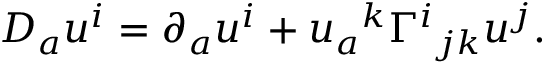
D _ { a } u ^ { i } = \partial _ { a } u ^ { i } + u _ { a } { } ^ { k } \Gamma ^ { i } { } _ { j k } u ^ { j } .